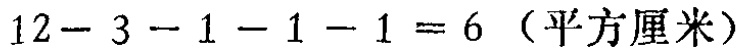
\(12 - 3 - 1 - 1 - 1 = 6\)（平方厘米）